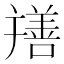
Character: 𦏎